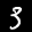
Label: 3